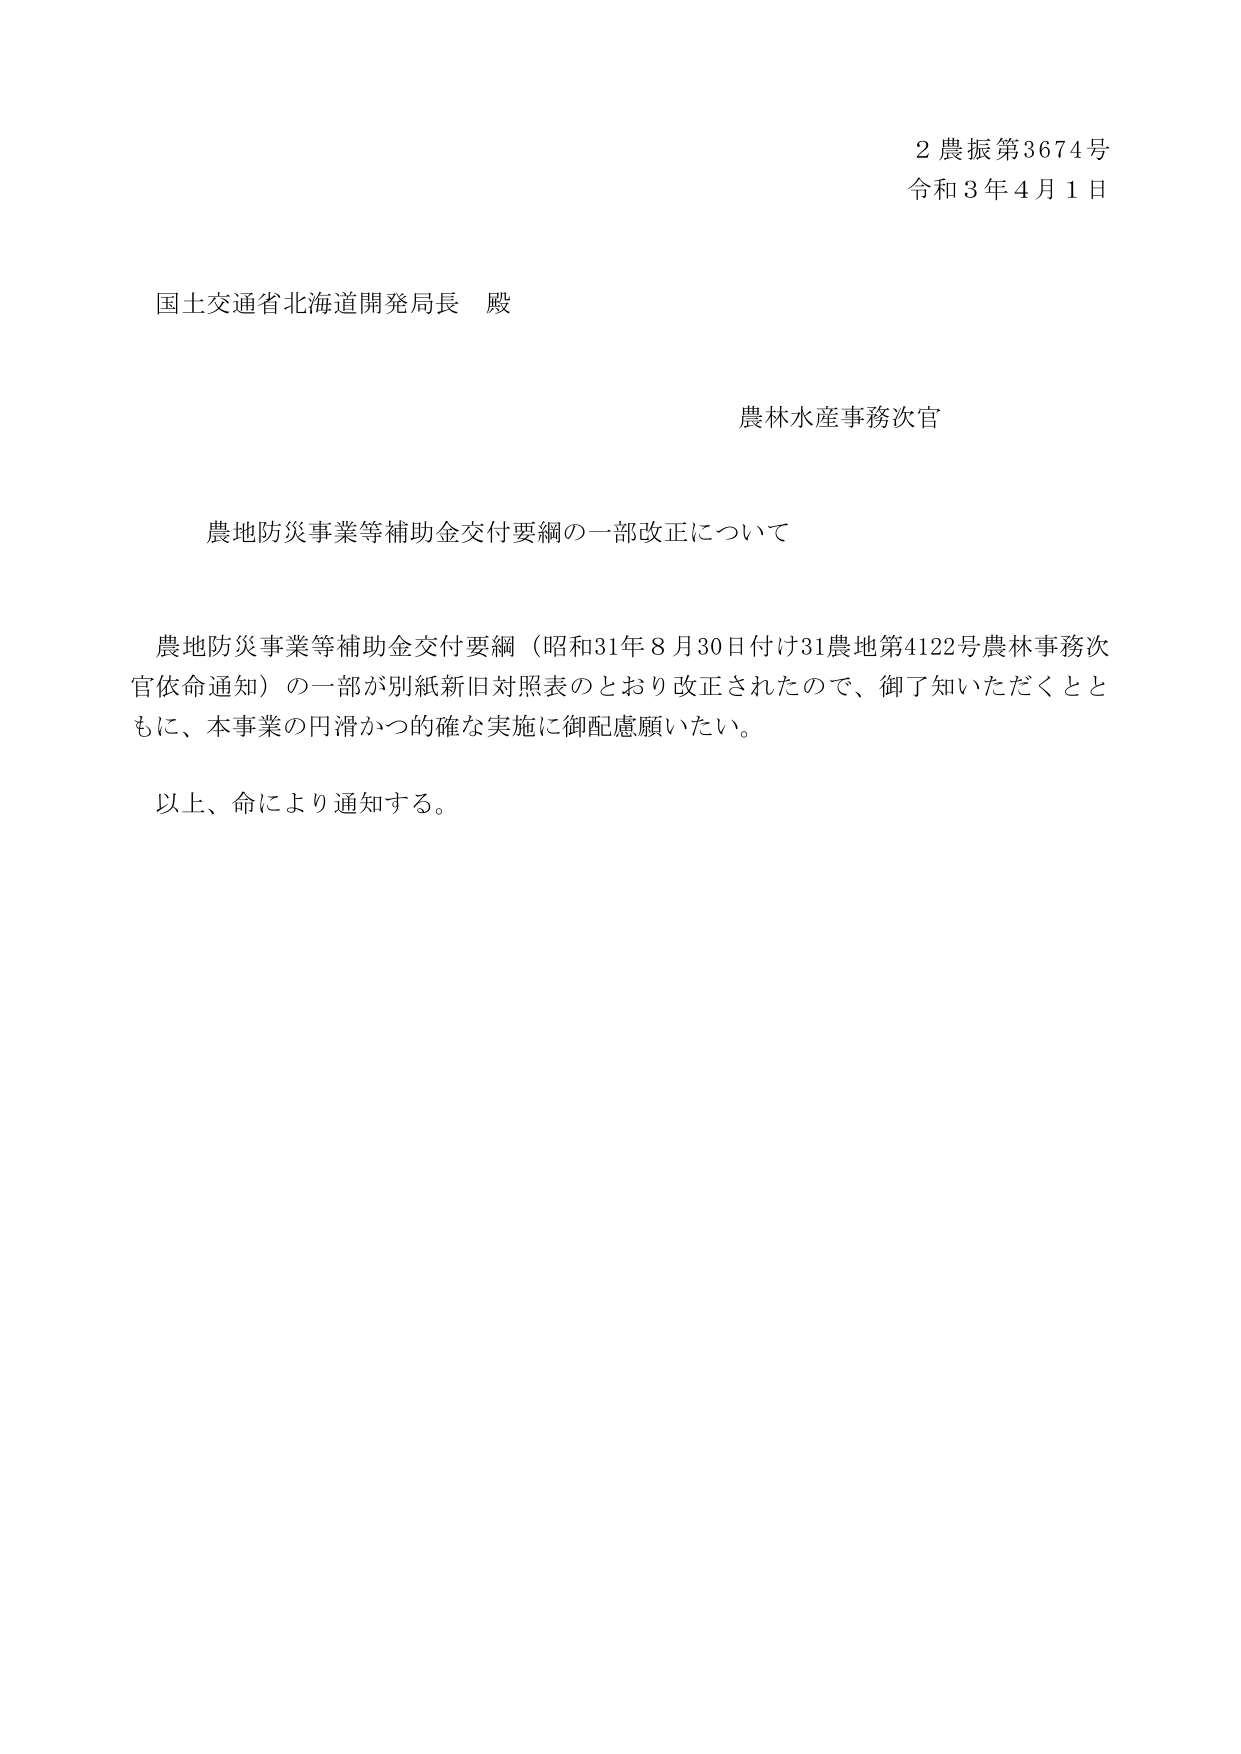
2 農振第3674号
令和3年4月1日

国土交通省北海道開発局長 殿

農林水産事務次官

農地防災事業等補助金交付要綱の一部改正について

農地防災事業等補助金交付要綱（昭和31年8月30日付け31農地第4122号農林事務次官依命通知）の一部が別紙新旧対照表のとおり改正されたので、御了知いただくとともに、本事業の円滑かつ的確な実施に御配慮願いたい。

以上、命により通知する。